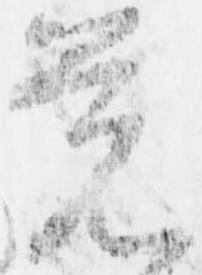
覚